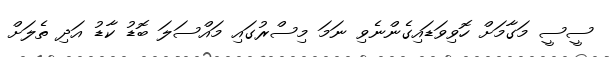
ސީސީ މަގާމަށް ހޮވިވަޑައިގެންނެވި ނަމަ މިސްރުގައި މައްސަލަ ބޮޑު ކާޑު އަދި ތެލަށް